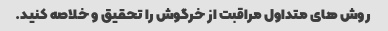
روش های متداول مراقبت از خرگوش را تحقیق و خلاصه کنید.